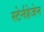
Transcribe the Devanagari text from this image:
स्टेर्नहेजेन